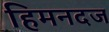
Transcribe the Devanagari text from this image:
हिमनदज